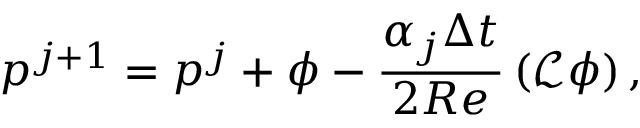
p ^ { j + 1 } = p ^ { j } + \phi - \frac { \alpha _ { j } \Delta t } { 2 R e } \left( \mathcal { L } \phi \right) ,